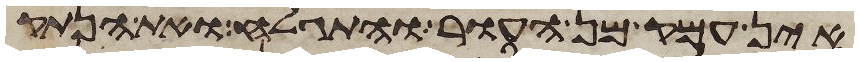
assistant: אין עמק מן העור והתגלח ואת הנתק